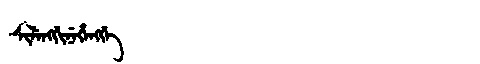
Manchu: ᠰᡳᠯᡝᠩᡤᡳᠨᡝᡥᡝᠩᡤᡝ
Romanization: SILENGGINEHENGGE